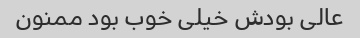
عالی بودش خیلی خوب بود ممنون